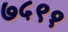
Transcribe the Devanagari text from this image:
७५९१